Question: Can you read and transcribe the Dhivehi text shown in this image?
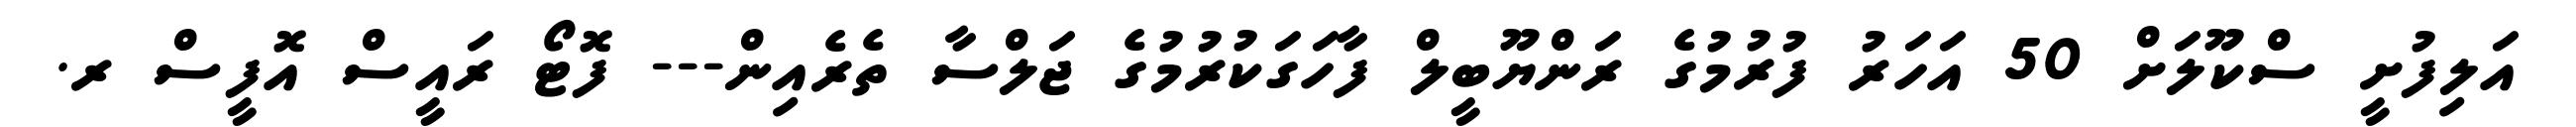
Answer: އަލިފުށީ ސްކޫލަށް 50 އަހަރު ފުރުމުގެ ރަންޔޫބީލް ފާހަގަކުރުމުގެ ޖަލްސާ ތެރެއިން--- ފޮޓޯ ރައީސް އޮފީސް ރ.